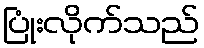
ပြုံးလိုက်သည်